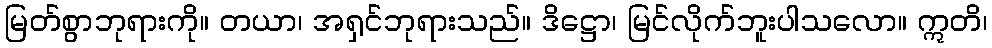
မြတ်စွာဘုရားကို။ တယာ၊ အရှင်ဘုရားသည်။ ဒိဋ္ဌော၊ မြင်လိုက်ဘူးပါသလော။ ဣတိ၊